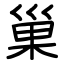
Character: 巢